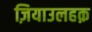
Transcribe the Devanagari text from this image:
ज़ियाउलहक़